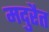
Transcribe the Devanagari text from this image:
मदुरैत